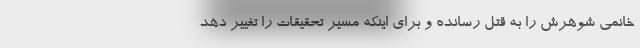
خانمی شوهرش را به قتل رسانده و برای اینکه مسیر تحقیقات را تغییر دهد